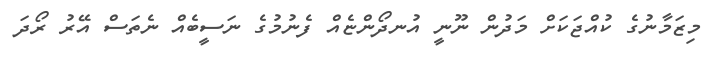
މިޒަމާނުގެ ކުއްޖަކަށް މަދުން ނޫނީ އުނދޯންޏެއް ފެނުމުގެ ނަސީބެއް ނެތަސް އޭރު ރޯދަ